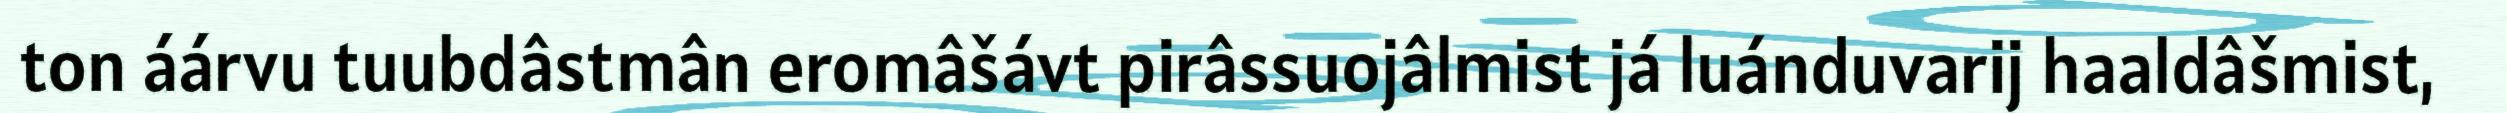
ton áárvu tuubdâstmân eromâšávt pirâssuojâlmist já luánduvarij haaldâšmist,